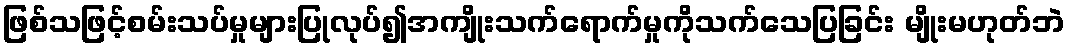
ဖြစ်သဖြင့်စမ်းသပ်မှုများပြုလုပ်၍အကျိုးသက်ရောက်မှုကိုသက်သေပြခြင်း မျိုးမဟုတ်ဘဲ